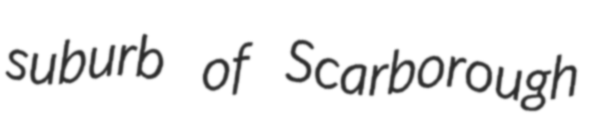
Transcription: suburb of Scarborough